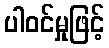
ပါဝင်မှုဖြင့်